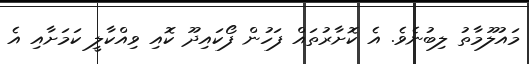
މައުލޫމާތު ލިބުނެވެ. އެ ކޮށާރުތައް ފަހުން ފޯކައިދޫ ކޮއި ވިއްކާލީ ކަމަށާއި އެ